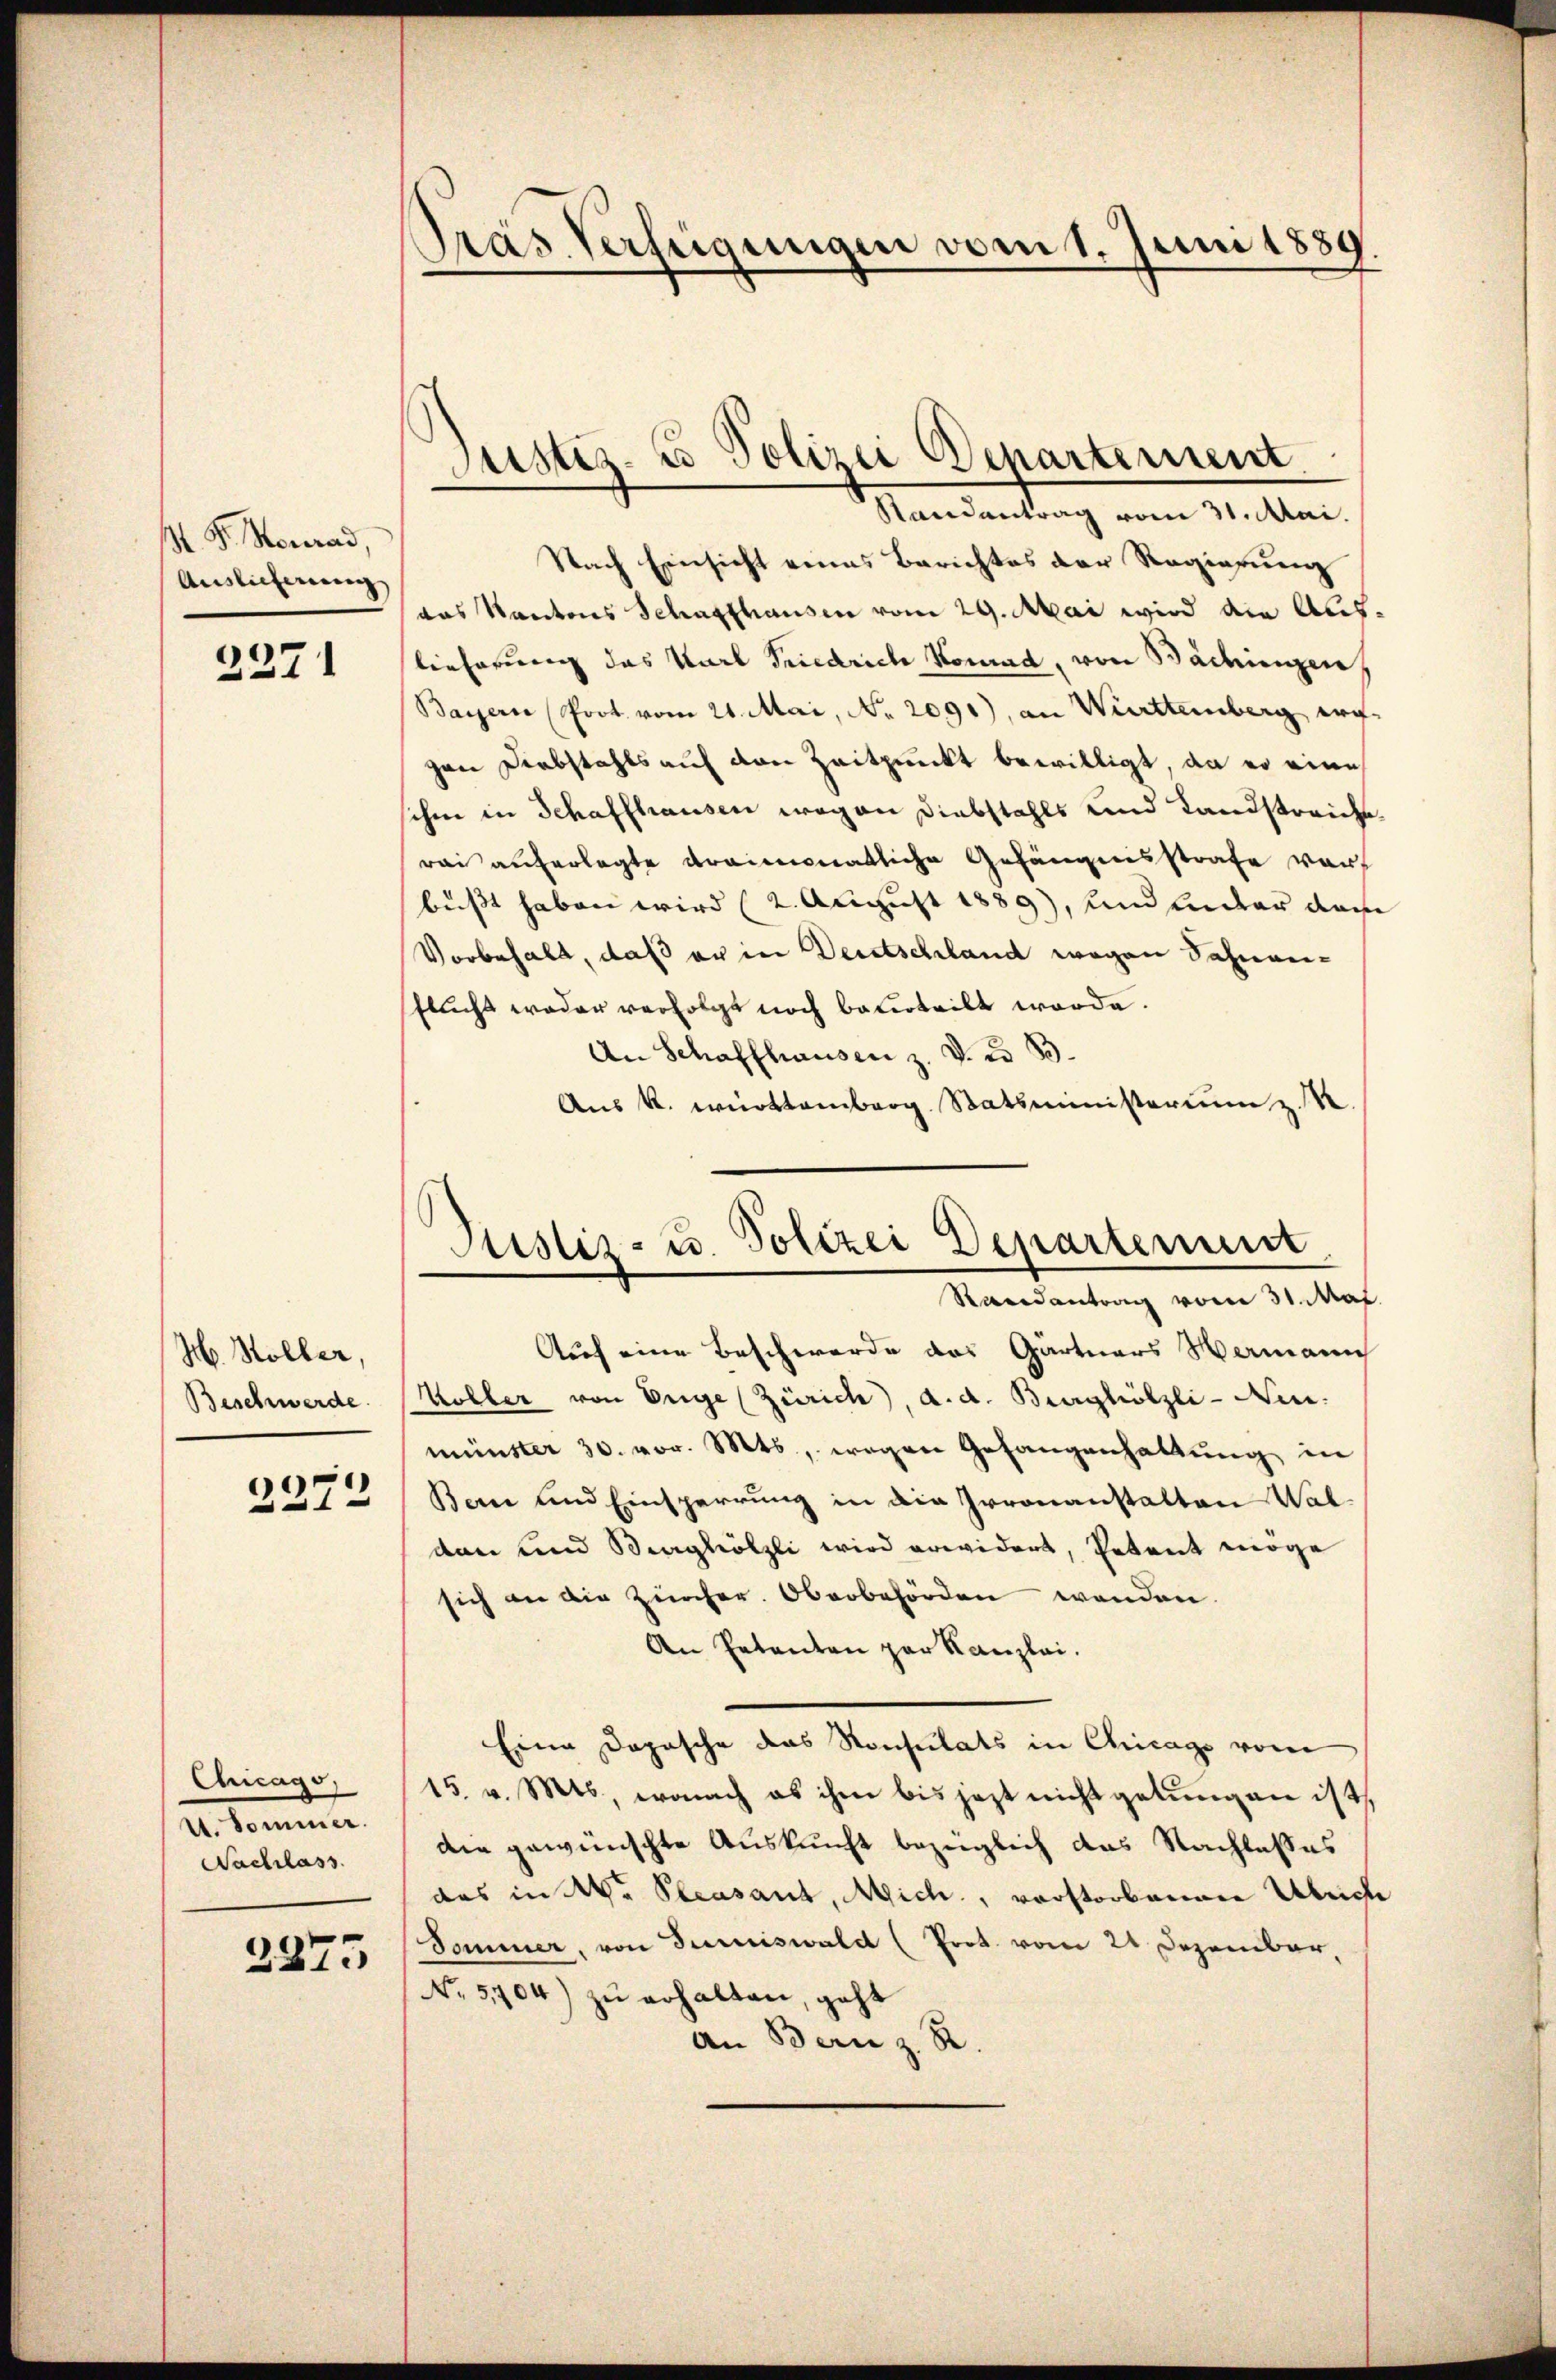
S. P. Heuerad,
Auslieferung

2271

H. Höller,
Beschwerde.

2272

Chicago,
U. Sommer.
Nachlass

2875

Pras Verfügungen vom 1. Juni 1889.

Justiz- & Polizei Departement.

Justiz- u. Polizei Departement
Randantrag vom 31. Mai

Randantrag vom 31. Mai.
Nach Einsicht eines Berichtes der Regierung
das Kantons Schaffhausen vom 29. Mai wird die Auflieferung das Karl Friedrich Konrad, von Badingen,
Bayern Prot. vom 21. Mai, No. 2091), an Württemberg ergen Diebstahls auf den Zeitpunkt bewilligt, da er eine
ihm in Schaffhausen wegen Diebstahls und Landstreiche
ai auferlegte dreimonatliche Gefängnisstrafe war
büßt haben wird (2. August 1889), und unter das
Vorbehalt, daß er in Deutschland wegen Sahnenflucht weder verfolgt noch beterteilt werde.
An Schaffhausen z. v. u. B
Aus k. württemberg Statsministerium z
Auf eine Beschwerde das Gärtners Hermani
Koller von Enge (Zürich, d. d. Burghölzli-Neu-
münster 30. vor. Mts., wegen Gefangenhaltung in
Ban und Einsperrung in die Irronanstalten Waldann und Burghölzli wird erwidert, Petent möge
sich an die Zürcher. Oberbehörden wenden.
An Petenten par Kanzlei.
Eine Dopische das Konsulats in Chicago vom
15. v. Mts., wonach es ihm bis jetzt nicht gelungen ist,
die gewünschte Auskunft bezüglich das Nachtesses
das in W. Prasant, Mich., vorstorbenare Ulriche
Sommer, von Summiswald (Prot. vom 21. Dezember,
No. 5704) zu erhalten, geht
An Bern z. R.